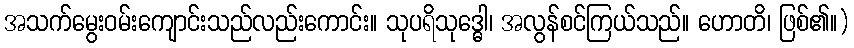
အသက်မွေးဝမ်းကျောင်းသည်လည်းကောင်း။ သုပရိသုဒ္ဓေါ၊ အလွန်စင်ကြယ်သည်။ ဟောတိ၊ ဖြစ်၏။)